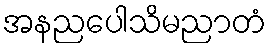
အနညပေါသိမညာတံ